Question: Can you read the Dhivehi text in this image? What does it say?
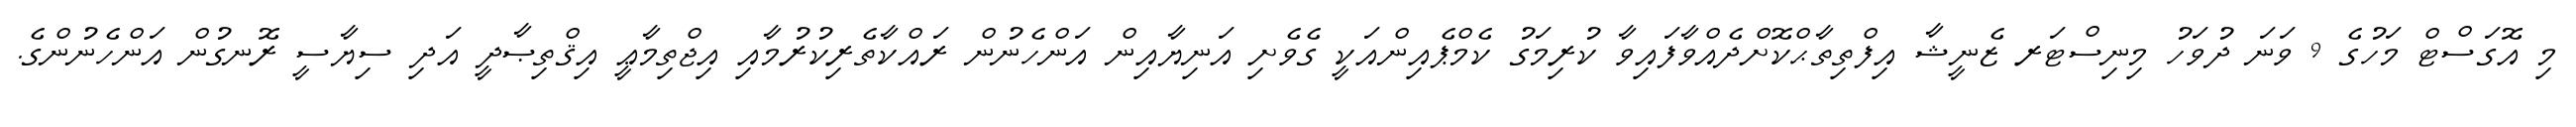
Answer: މި އޮގަސްޓް މަހުގެ 9 ވަނަ ދުވަހު މިނިސްޓަރ ޒެނީޝާ އިފްތިތާޙްކޮށްދެއްވާފައިވާ ކުރިމަގު ކެމްޕެއިންއަކީ ގެވެށި އަނިޔާއިން އަންހެނުން ރައްކާތެރިކުރުމާއި އިޖްތިމާޢީ އިޤްތިޞާދީ އަދި ސިޔާސީ ރޮނގުން އަންހެނުންގެ.